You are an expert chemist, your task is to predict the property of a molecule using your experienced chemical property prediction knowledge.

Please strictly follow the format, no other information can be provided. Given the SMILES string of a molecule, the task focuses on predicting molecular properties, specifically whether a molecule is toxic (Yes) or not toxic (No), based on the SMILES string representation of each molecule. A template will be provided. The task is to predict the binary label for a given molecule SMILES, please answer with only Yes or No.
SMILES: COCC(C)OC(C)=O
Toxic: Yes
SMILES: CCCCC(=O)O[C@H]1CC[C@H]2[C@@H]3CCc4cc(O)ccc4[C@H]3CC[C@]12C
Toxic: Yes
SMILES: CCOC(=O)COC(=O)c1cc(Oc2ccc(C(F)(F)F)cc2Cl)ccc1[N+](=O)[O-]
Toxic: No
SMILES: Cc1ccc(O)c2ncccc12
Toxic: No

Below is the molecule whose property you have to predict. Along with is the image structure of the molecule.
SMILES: NC(=O)Oc1ccc(Cc2ccccc2)cc1
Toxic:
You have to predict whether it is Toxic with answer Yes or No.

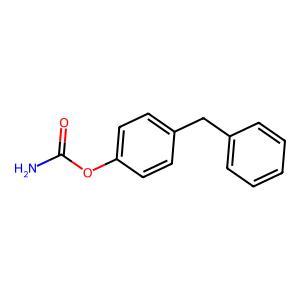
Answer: No